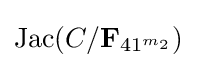
{\text{Jac}}(C/{\bf {F}}_{41^{m_{2}}})